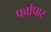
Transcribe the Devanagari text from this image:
पर्वापार